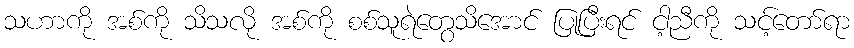
သဟာကို အစ်ကို သိသလို အစ်ကို စစ်သူရဲတွေသိအောင် ပြုပြီးရင် ငါ့ညီကို သင့်တော်ရာ